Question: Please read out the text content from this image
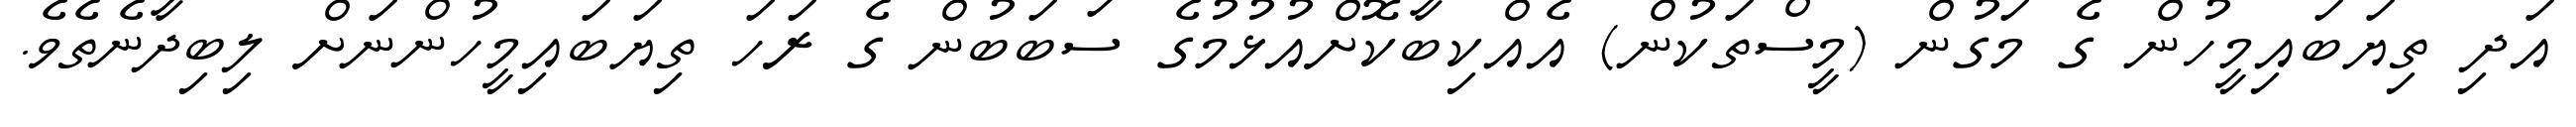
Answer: އަދި ތިޔަބައިމީހުން ގެ މަގުން (މީސްތަކުން) އެއްކިބާކޮށްއުޅުމުގެ ސަބަބުން ގެ ރަހަ ތިޔަބައިމީހުންނަށް ލިބިދާނެތެވެ.